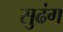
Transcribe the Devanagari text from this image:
सुढंग